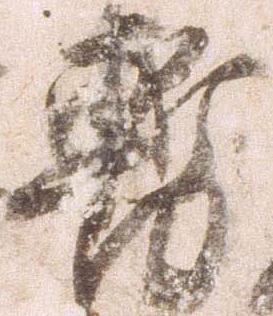
暫